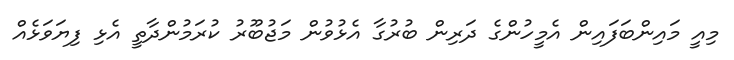
މިއީ މައިންބަފައިން އެމީހުންގެ ދަރިން ބުރުގާ އެޅުވުން މަޖުބޫރު ކުރަމުންދާތީ އެޅި ފިޔަވަޅެއް